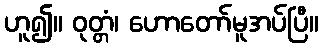
ဟူ၍။ ဝုတ္တံ၊ ဟောတော်မူအပ်ပြီ။